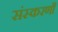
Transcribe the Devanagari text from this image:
संस्करणौं